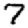
Digit: 7